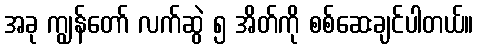
အခု ကျွန်တော် လက်ဆွဲ ၅ အိတ်ကို စစ်ဆေးချင်ပါတယ်။